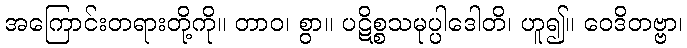
အကြောင်းတရားတို့ကို။ တာဝ၊ စွာ။ ပဋိစ္စသမုပ္ပါဒေါတိ၊ ဟူ၍။ ဝေဒိတဗ္ဗာ၊